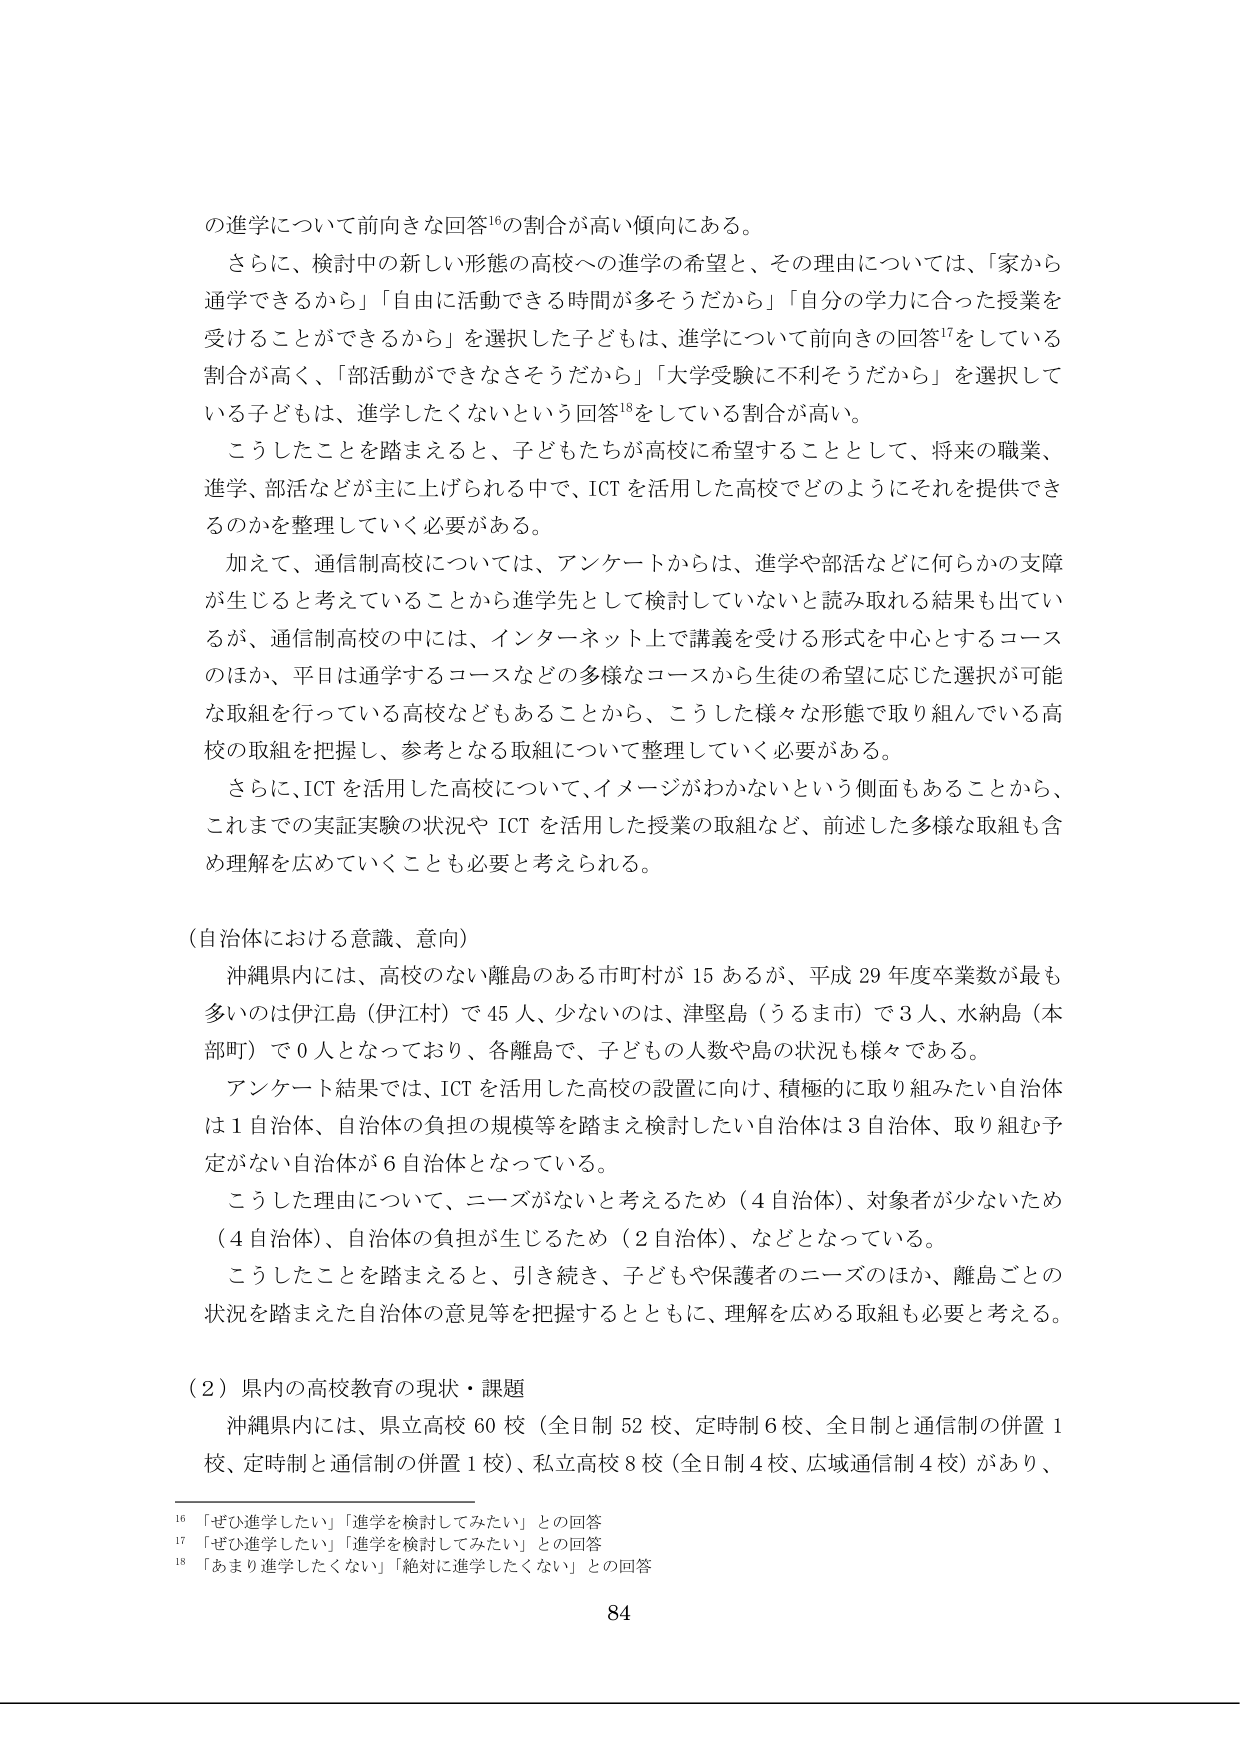
の進学について前向きな回答¹⁶の割合が高い傾向にある。

さらに、検討中の新しい形態の高校への進学の希望と、その理由については、「家から通学できるから」「自由に活動できる時間が多そうだから」「自分の学力に合った授業を受けることができるから」を選択した子どもは、進学について前向きの回答¹⁷をしている割合が高く、「部活動ができなさそうだから」「大学受験に不利そうだから」を選択している子どもは、進学したくないという回答¹⁸をしている割合が高い。

こうしたことを踏まえると、子どもたちが高校に希望することとして、将来の職業、進学、部活などが主に上げられる中で、ICTを活用した高校でどのようにそれを提供できるのかを整理していく必要がある。

加えて、通信制高校については、アンケートからは、進学や部活などに何らかの支障が生じると考えていることから進学先として検討していないと読み取れる結果も出てい るが、通信制高校の中には、インターネット上で講義を受ける形式を中心とするコースのほか、平日は通学するコースなどの多様なコースから生徒の希望に応じた選択が可能な取組を行っている高校などもあることから、こうした様々な形態で取り組んでいる高校の取組を把握し、参考となる取組について整理していく必要がある。

さらに、ICTを活用した高校について、イメージがわからないという側面もあることから、これまでの実証実験の状況や ICT を活用した授業の取組など、前述した多様な取組も含め理解を広めていくことも必要と考えられる。

（自治体における意識、意向）

沖縄県内には、高校のない離島のある市町村が 15 あるが、平成 29 年度卒業数が最も多いのは伊江島（伊江村）で 45 人、少ないのは、津堅島（うるま市）で 3 人、水納島（本部町）で 0 人となっており、各離島で、子どもの人数や島の状況も様々である。

アンケート結果では、ICT を活用した高校の設置に向け、積極的に取り組みたい自治体は 1 自治体、自治体の負担の規模等を踏まえ検討したい自治体は 3 自治体、取り組む予定がない自治体が 6 自治体となっている。

こうした理由について、ニーズがないと考えるため（4 自治体）、対象者が少ないため（4 自治体）、自治体の負担が生じるため（2 自治体）、などとなっている。

こうしたことを踏まえると、引き続き、子どもや保護者のニーズのほか、離島ごとの状況を踏まえた自治体の意見等を把握するとともに、理解を広める取組も必要と考える。

（２）県内の高校教育の現状・課題

沖縄県内には、県立高校 60 校（全日制 52 校、定時制 6 校、全日制と通信制の併置 1 校、定時制と通信制の併置 1 校）、私立高校 8 校（全日制 4 校、広域通信制 4 校）があり、

¹⁶ 「ぜひ進学したい」「進学を検討してみたい」との回答
¹⁷ 「ぜひ進学したい」「進学を検討してみたい」との回答
¹⁸ 「あまり進学したくない」「絶対に進学したくない」との回答

84